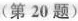
(第20题)